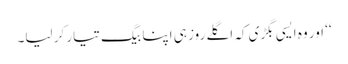
‘‘ اور وہ ایسی بگڑی کہ اگلے روز ہی اپنا بیگ تیار کر لیا۔